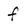
Character: f